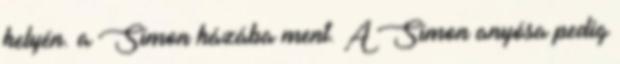
helyén. a Simon házába ment. A Simon anyósa pedig